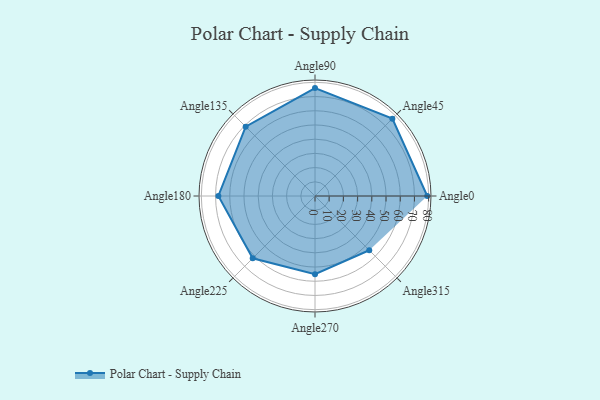
{"axis": {"x": "Angle", "y": "Radius"}, "legend": [""], "data": [{"x": "Angle0", "y": 79.0, "type": ""}, {"x": "Angle45", "y": 77.0, "type": ""}, {"x": "Angle90", "y": 76.0, "type": ""}, {"x": "Angle135", "y": 69.0, "type": ""}, {"x": "Angle180", "y": 68.0, "type": ""}, {"x": "Angle225", "y": 62.0, "type": ""}, {"x": "Angle270", "y": 55.0, "type": ""}, {"x": "Angle315", "y": 54.0, "type": ""}]}